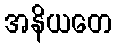
အနိယတေ